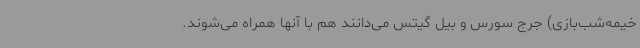
خیمه‌شب‌بازی) جرج سورس و بیل گیتس می‌دانند هم با آنها همراه می‌شوند.